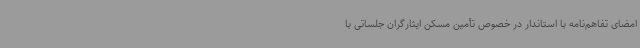
امضای تفاهم‌نامه با استاندار در خصوص تأمین مسکن ایثارگران جلساتی با